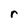
Character: r